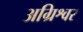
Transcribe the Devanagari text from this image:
अग्रिश्वर